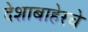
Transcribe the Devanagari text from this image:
देशाबाहेरचे